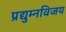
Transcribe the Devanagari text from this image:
प्रद्युम्नविजय